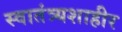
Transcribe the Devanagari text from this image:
स्वातंत्र्यशाहीर